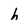
Character: h